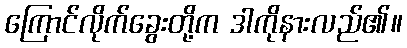
ကြောင်လိုက်ခွေးတို့က ဒါကိုနားလည်၏။